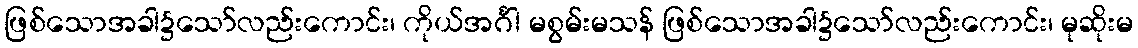
ဖြစ်သောအခါ၌သော်လည်းကောင်း၊ ကိုယ်အင်္ဂါ မစွမ်းမသန် ဖြစ်သောအခါ၌သော်လည်းကောင်း၊ မုဆိုးမ